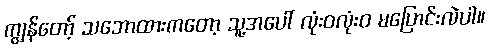
ကျွန်တော့် သဘောထားကတော့ သူ့အပေါ် လုံးဝလုံးဝ မပြောင်းလဲပါ။